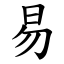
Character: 易